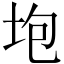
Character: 垉